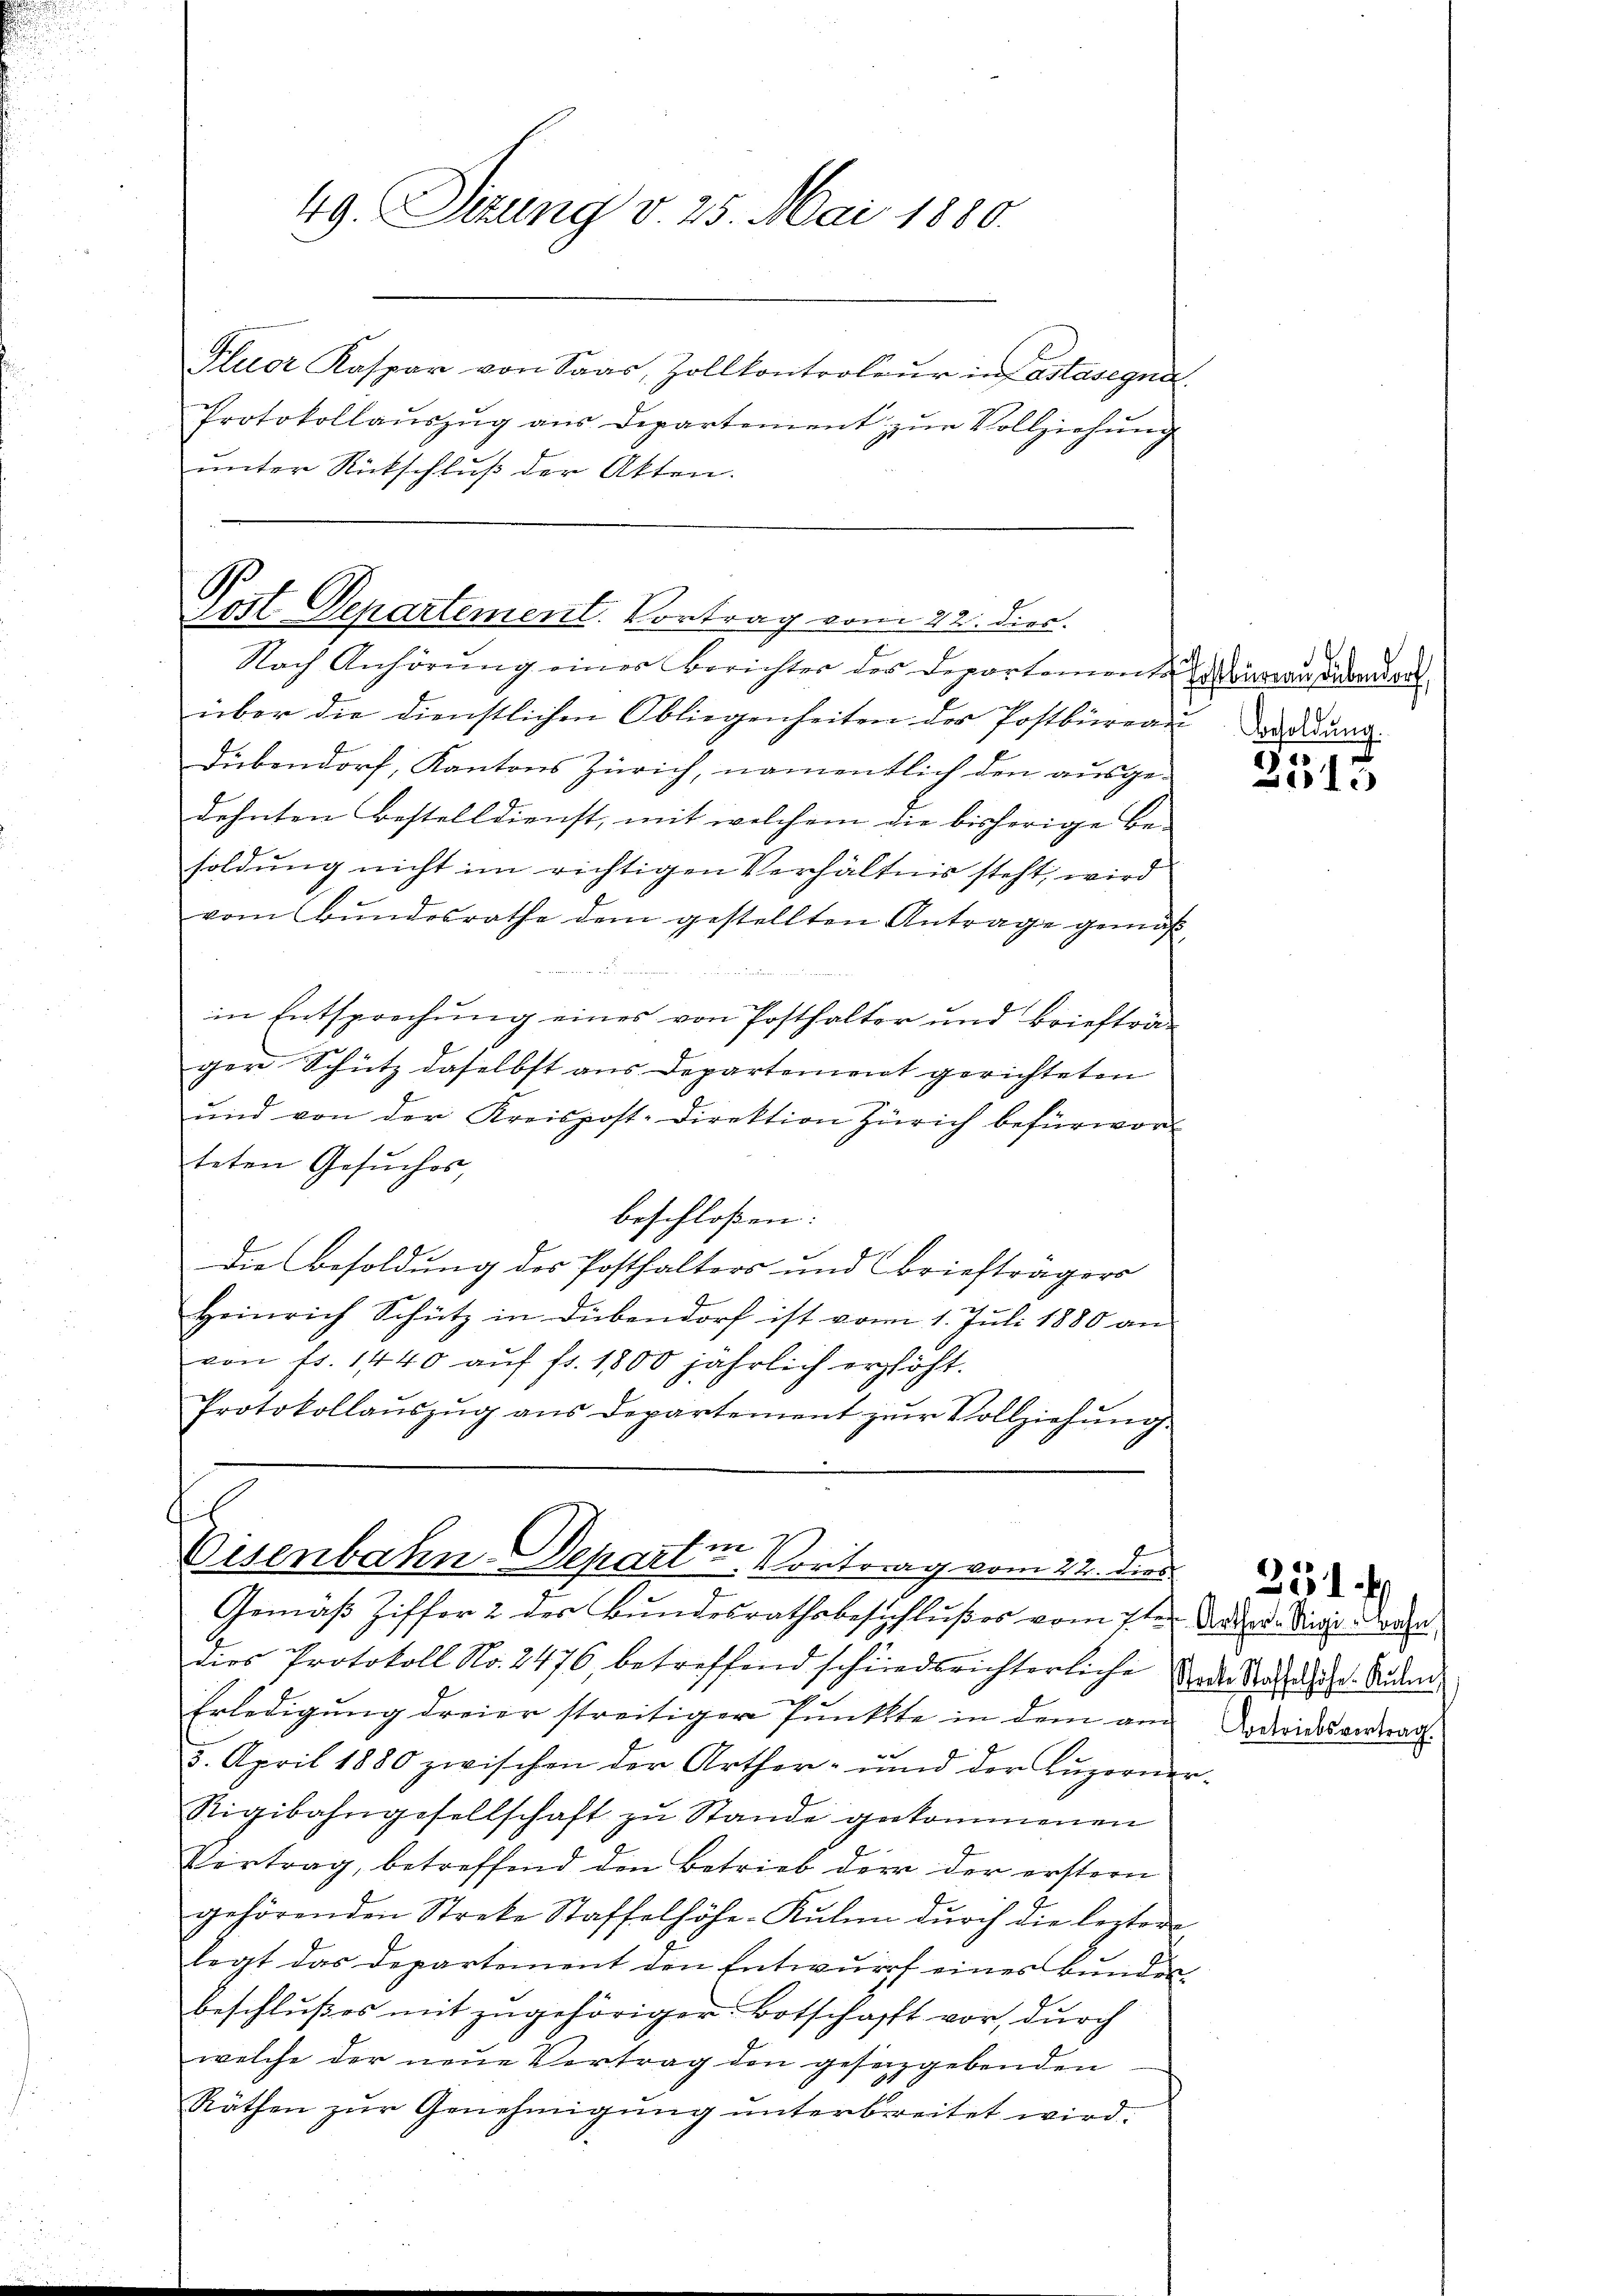
49. Sitzung v. 25. Mai 1880.

Fluer Kaspar von Saar, Zollkontroleur in astasegne
Protokollaŭszŭg aŭs Departement zŭr Vollziehung
unter Rückschluß der Akten.

Post Departement. Vortrag vom 22. dies

l
Cisenbahn-Departin Vortrag vom 22. die

Nach Anhörung einer Berichter des Departemente man dadurc
über die dienstlichen Obliegenheiten der Postbüreau der dann
Dübendorf, Kantons Zürich, namentlich den ausge-
dehnten Bestelldienst, mit welchem die bisherige Be-
soldung nicht im richtigen Verhältnis steht, wird
vom Bundesrathe dem gestellten Antrage gemäß
 25
in Entsprechung eines von Posthalter und Briefträ
ger Schütz daselbst aus Departement gerichteten
ŭnd von der Kreispost-Direktion Zürich befürwor-
teten Gesuches,
beschloßen:
Die Besoldung des Posthalters und Briefträgers
Heinrich Schütz in Diebendorf ist vom 1. Juli 1880 an
von fr. 1440 aŭf fr. 1800 jährlich erhöht.
Protokollaŭszŭg ans Departement zŭr Vollziehŭng.

Gemäß Ziffer 2 des Bundesrathsbeschlußes vom 7ten Neder. Die Wege
dies Protokoll No. 2476, betreffend schiedsrichterliche
Erledigung dreier streitiger Punkte in dem am
3. April 1880 zwischen der Arther- und der Luzerner¬
Rigibahngesellschaft zŭ Stande gekommenen
Vertrag, betreffend den Betrieb der der erstern
gehörenden Streke Staffelhöhe-Kŭlmn dŭrch die leztere
legt das Departement den Entwurf eines Bundes
beschlußes mit zugehöriger Botschafft vor, durch
welche der neue Vertrag den gesetzgebenden
Räthen zur Genehmigung unterbreitet wird.

2515

Stocke Staffelhöfe Ruhen
Betriebsvertrag